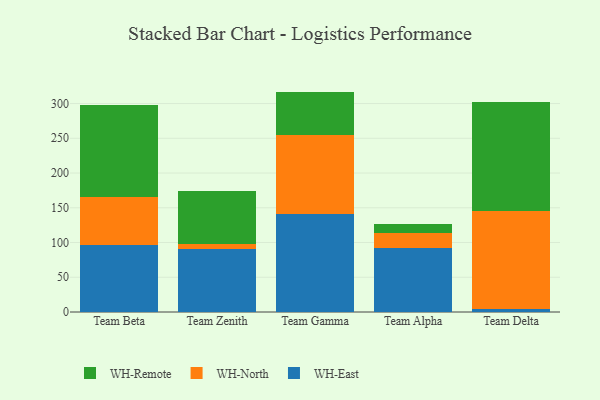
{"axis": {"x": "Team", "y": "Production Output"}, "legend": ["WH-East", "WH-North", "WH-Remote"], "data": [{"x": "Team Beta", "y": 96.7, "type": "WH-East"}, {"x": "Team Beta", "y": 69.3, "type": "WH-North"}, {"x": "Team Beta", "y": 131.9, "type": "WH-Remote"}, {"x": "Team Zenith", "y": 90.9, "type": "WH-East"}, {"x": "Team Zenith", "y": 6.3, "type": "WH-North"}, {"x": "Team Zenith", "y": 77.6, "type": "WH-Remote"}, {"x": "Team Gamma", "y": 141.3, "type": "WH-East"}, {"x": "Team Gamma", "y": 113.2, "type": "WH-North"}, {"x": "Team Gamma", "y": 62.7, "type": "WH-Remote"}, {"x": "Team Alpha", "y": 91.5, "type": "WH-East"}, {"x": "Team Alpha", "y": 21.9, "type": "WH-North"}, {"x": "Team Alpha", "y": 13.7, "type": "WH-Remote"}, {"x": "Team Delta", "y": 5.0, "type": "WH-East"}, {"x": "Team Delta", "y": 140.7, "type": "WH-North"}, {"x": "Team Delta", "y": 156.8, "type": "WH-Remote"}]}